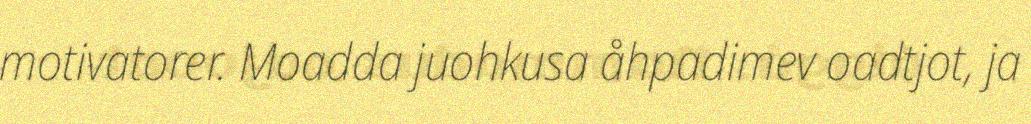
motivatorer. Moadda juohkusa åhpadimev oadtjot, ja